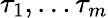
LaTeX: \tau_{1},\dots\tau_{m}